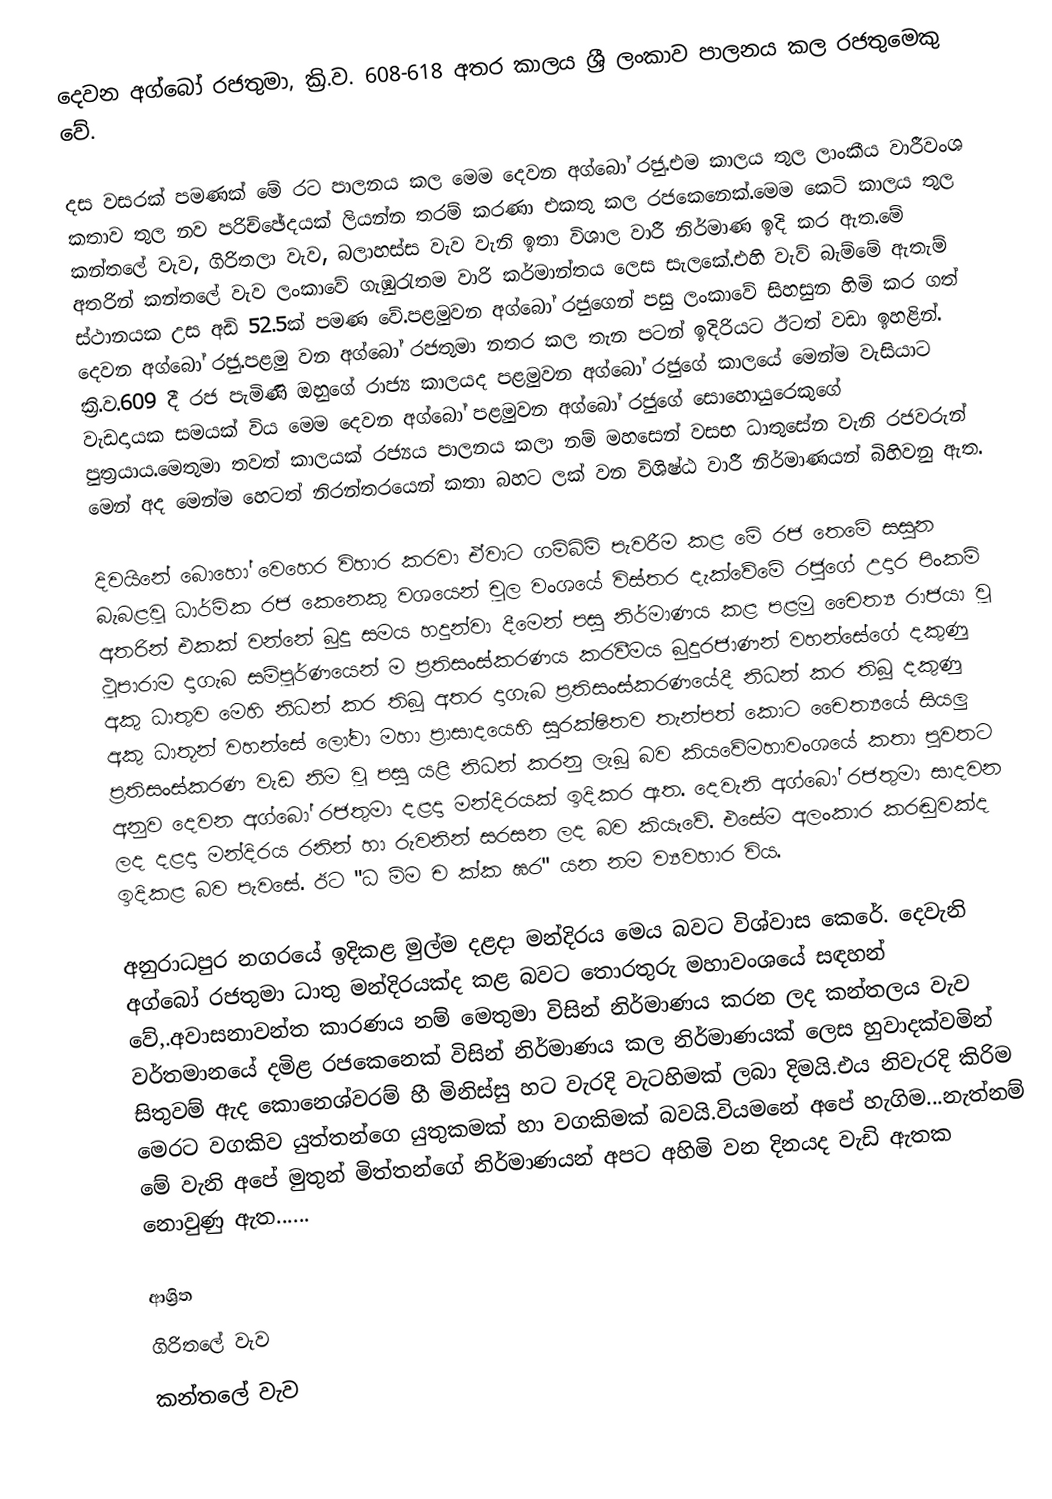
දෙවන අග්බෝ රජතුමා, ක්‍රි.ව. 608-618 අතර කාලය ශ්‍රී ලංකාව පාලනය කල රජතුමෙකු වේ.

                      දස වසරක් පමණක් මේ රට පාලනය කල මෙම දෙවන අග්බෝ රජු.එම කාලය තුල ලාංකීය වාරීවංශ කතාව තුල නව පරිච්ඡේදයක් ලියන්න තරම් කරණා එකතු කල රජකෙනෙක්.මෙම කෙටි කාලය තුල  කන්තලේ වැව, ගිරිතලා වැව, බලාහස්ස වැව වැනි ඉතා විශාල වාරී නිර්මාණ ඉදි කර ඇත.මේ අතරින් කන්තලේ වැව ලංකාවේ ගැඹුරැතම වාරි කර්මාන්තය ලෙස සැලකේ.එහි වැව් බැම්මේ ඇතැම් ස්ථානයක උස අඩි 52.5ක් පමණ වේ.පළමුවන අග්බෝ රජුගෙන් පසු ලංකාවේ සිහසුන හිමි කර ගත් දෙවන අග්බෝ රජු.පළමු වන අග්බෝ රජතුමා නතර කල තැන පටන් ඉදිරියට ඊටත් වඩා ඉහළින්. ක්‍රි.ව.609 දී රජ පැමිණි ඔහුගේ රාජ්‍ය කාලයද පළමුවන අග්බෝ රජුගේ කාලයේ මෙන්ම වැසියාට වැඩදායක සමයක් විය මෙම දෙවන අග්බෝ පළමුවන අග්බෝ රජුගේ සොහොයුරෙකුගේ පුත්‍රයාය.මෙතුමා තවත් කාලයක් රජ්‍යය පාලනය කලා නම් මහසෙන් වසභ ධාතුසේන  වැනි රජවරුන් මෙන් අද මෙන්ම හෙටත් නිරන්තරයෙන් කතා බහට ලක් වන විශිෂ්ඨ වාරී නිර්මාණයන් බිහිවනු ඇත.

                      දිවයිනේ බොහෝ වෙහෙර විහාර කරවා ඒවාට ගම්බිම් පැවරීම කළ මේ රජ තෙමේ සසුන බැබළවූ ධාර්මික රජ කෙනෙකු වශයෙන් චූල වංශයේ විස්තර දැක්වේමේ රජුගේ උදාර පිංකම් අතරින් එකක් වන්නේ බුදු සමය හදුන්වා දීමෙන් පසු නිර්මාණය කළ පළමු චෛත්‍ය රාජයා වූ ථූපාරාම දාගැබ සම්පූර්ණයෙන් ම ප්‍රතිසංස්කරණය කරවීමය බුදුරජාණන් වහන්සේගේ දකුණු අකු ධාතුව මෙහි නිධන් කර තිබූ අතර දාගැබ ප්‍රතිසංස්කරණයේදී නිධන් කර තිබූ දකුණු අකු ධාතූන් වහන්සේ ලෝවා මහා ප්‍රාසාදයෙහි සුරක්ෂිතව තැන්පත් කොට චෛත්‍යයේ සියලු ප්‍රතිසංස්කරණ වැඩ නිම වූ පසු යළි නිධන් කරනු ලැබූ බව කියවේමහාවංශයේ කතා පුවතට අනුව දෙවන අග්බෝ රජතුමා දළදා මන්දිරයක්‌ ඉදිකර ඇත. දෙවැනි අග්බෝ රජතුමා සාදවන ලද දළදා මන්දිරය රනින් හා රුවනින් සරසන ලද බව කියෑවේ. එසේම අලංකාර කරඬුවක්‌ද ඉදිකළ බව පැවසේ. ඊට "ධ ම්ම ච ක්‌ක ඝර" යන නම ව්‍යවහාර විය.

                             අනුරාධපුර නගරයේ ඉදිකළ මුල්ම දළදා මන්දිරය මෙය බවට විශ්වාස කෙරේ. දෙවැනි අග්බෝ රජතුමා ධාතු මන්දිරයක්‌ද කළ බවට තොරතුරු මහාවංශයේ සඳහන් වේ,.අවාසනාවන්ත කාරණය නම් මෙතුමා විසින් නිර්මාණය කරන ලද කන්තලය වැව වර්තමානයේ දමිළ රජකෙනෙක් විසින් නිර්මාණය කල නිර්මාණයක් ලෙස හුවාදක්වමින් සිතුවම් ඇද කොනෙශ්වරම් හී මිනිස්සු හට වැරදි වැටහිමක් ලබා දිමයි.එය නිවැරදි කිරිම මෙරට වගකිව යුත්තන්ගෙ යුතුකමක් හා වගකිමක් බවයි.වියමනේ අපේ හැගිම...නැත්නම් මේ වැනි අපේ මුතුන් මිත්තන්ගේ නිර්මාණයන් අපට අහිමි වන දිනයද වැඩි ඇතක නොවුණු ඇත......

ආශ්‍රිත
 ගිරිතලේ වැව‎
 කන්තලේ වැව